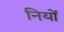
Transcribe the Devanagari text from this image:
नियों